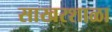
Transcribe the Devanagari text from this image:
साखरशाळा